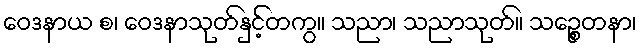
ဝေဒနာယ စ၊ ဝေဒနာသုတ်နှင့်တကွ။ သညာ၊ သညာသုတ်။ သဉ္စေတနာ၊